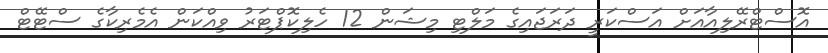
އޮސްޓްރޭލިއާއަށް އަސްކަރީ ދަރަޖައިގެ މަލްޓި މިޝަން 12 ހެލިކޮޕްޓަރު ވިއްކަން އެމެރިކާގެ ސްޓޭޓް